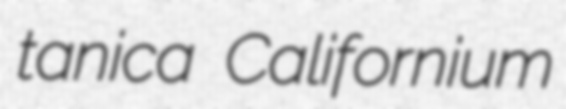
tanica Californium